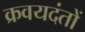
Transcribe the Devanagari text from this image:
क्रवयदंतों